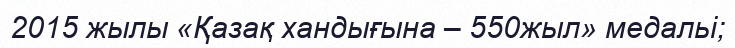
2015 жылы «Қазақ хандығына – 550жыл» медальі;